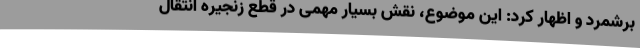
برشمرد و اظهار کرد: این موضوع، نقش بسیار مهمی در قطع زنجیره انتقال